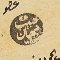
عضو حبيب نبهان ١٨٨٠